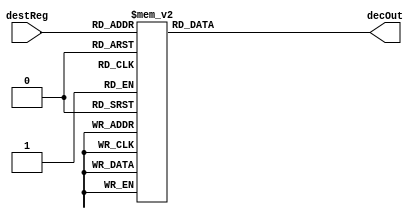
//Register File: 32 registers of 32 bits each

module decoder5to32(input [4:0] destReg, output reg [31:0] decOut);
	always @(destReg)
	begin
		case(destReg)
			5'd0: decOut = 32'b0000_0000_0000_0000_0000_0000_0000_0001;
			5'd1: decOut = 32'b0000_0000_0000_0000_0000_0000_0000_0010;
			5'd2: decOut = 32'b0000_0000_0000_0000_0000_0000_0000_0100;
			5'd3: decOut = 32'b0000_0000_0000_0000_0000_0000_0000_1000;
			5'd4: decOut = 32'b0000_0000_0000_0000_0000_0000_0001_0000;
			5'd5: decOut = 32'b0000_0000_0000_0000_0000_0000_0010_0000;
			5'd6: decOut = 32'b0000_0000_0000_0000_0000_0000_0100_0000;
			5'd7: decOut = 32'b0000_0000_0000_0000_0000_0000_1000_0000;
			5'd8: decOut = 32'b0000_0000_0000_0000_0000_0001_0000_0000;
			5'd9: decOut = 32'b0000_0000_0000_0000_0000_0010_0000_0000;
			5'd10: decOut = 32'b0000_0000_0000_0000_0000_0100_0000_0000;
			5'd11: decOut = 32'b0000_0000_0000_0000_0000_1000_0000_0000;
			5'd12: decOut = 32'b0000_0000_0000_0000_0001_0000_0000_0000;
			5'd13: decOut = 32'b0000_0000_0000_0000_0010_0000_0000_0000;
			5'd14: decOut = 32'b0000_0000_0000_0000_0100_0000_0000_0000;
			5'd15: decOut = 32'b0000_0000_0000_0000_1000_0000_0000_0000;
			5'd16: decOut = 32'b0000_0000_0000_0001_0000_0000_0000_0000;
			5'd17: decOut = 32'b0000_0000_0000_0010_0000_0000_0000_0000;
			5'd18: decOut = 32'b0000_0000_0000_0100_0000_0000_0000_0000;
			5'd19: decOut = 32'b0000_0000_0000_1000_0000_0000_0000_0000;
			5'd20: decOut = 32'b0000_0000_0001_0000_0000_0000_0000_0000;
			5'd21: decOut = 32'b0000_0000_0010_0000_0000_0000_0000_0000;
			5'd22: decOut = 32'b0000_0000_0100_0000_0000_0000_0000_0000;
			5'd23: decOut = 32'b0000_0000_1000_0000_0000_0000_0000_0000;
			5'd24: decOut = 32'b0000_0001_0000_0000_0000_0000_0000_0000;
			5'd25: decOut = 32'b0000_0010_0000_0000_0000_0000_0000_0000;
			5'd26: decOut = 32'b0000_0100_0000_0000_0000_0000_0000_0000;
			5'd27: decOut = 32'b0000_1000_0000_0000_0000_0000_0000_0000;
			5'd28: decOut = 32'b0001_0000_0000_0000_0000_0000_0000_0000;
			5'd29: decOut = 32'b0010_0000_0000_0000_0000_0000_0000_0000;
			5'd30: decOut = 32'b0100_0000_0000_0000_0000_0000_0000_0000;
			5'd31: decOut = 32'b1000_0000_0000_0000_0000_0000_0000_0000;
		endcase
	end
endmodule

module mux32to1(input [31:0] outR0,outR1,outR2,outR3,outR4,outR5,outR6,outR7,outR8,outR9,outR10,outR11,outR12,outR13,outR14,outR15,
	outR16,outR17,outR18,outR19,outR20,outR21,outR22,outR23,outR24,outR25,outR26,outR27,outR28,outR29,outR30,outR31,
	input [4:0] Sel, output reg [31:0] outBus );
	
	always@(outR0,outR1,outR2,outR3,outR4,outR5,outR6,outR7,outR8,outR9,outR10,outR11,outR12,outR13,outR14,outR15,
		outR16,outR17,outR18,outR19,outR20,outR21,outR22,outR23,outR24,outR25,outR26,outR27,outR28,outR29,outR30,outR31,
		Sel)
		case (Sel)
			5'd0: outBus = outR0;
			5'd1: outBus = outR1;
			5'd2: outBus = outR2;
			5'd3: outBus = outR3;
			5'd4: outBus = outR4;
			5'd5: outBus = outR5;
			5'd6: outBus = outR6;
			5'd7: outBus = outR7;
			5'd8: outBus = outR8;
			5'd9: outBus = outR9;
			5'd10: outBus = outR10;
			5'd11: outBus = outR11;
			5'd12: outBus = outR12;
			5'd13: outBus = outR13;
			5'd14: outBus = outR14;
			5'd15: outBus = outR15;
			5'd16: outBus = outR16;
			5'd17: outBus = outR17;
			5'd18: outBus = outR18;
			5'd19: outBus = outR19;
			5'd20: outBus = outR20;
			5'd21: outBus = outR21;
			5'd22: outBus = outR22;
			5'd23: outBus = outR23;
			5'd24: outBus = outR24;
			5'd25: outBus = outR25;
			5'd26: outBus = outR26;
			5'd27: outBus = outR27;
			5'd28: outBus = outR28;
			5'd29: outBus = outR29;
			5'd30: outBus = outR30;
			5'd31: outBus = outR31;
		endcase
endmodule

module D_ff_reg(input clk, input reset, input regWrite, input decOut, input d, output reg q);
	always @ (negedge clk)
	begin
	if(reset==1)
		q=0;
	else
		if(regWrite == 1 && decOut==1)
		begin
			q=d;
		end
	end
endmodule

//data_write_select helps select the control signal and the data in the WB stage
module data_write_select(input regWrite_32, input decOut1, input regWrite_16, input decOut2, input [31:0] writeData_32, input [31:0] writeData_16, output reg regWrite, output reg decOut, output reg [31:0] writeData);
	always@(regWrite_32 or regWrite_16 or decOut1 or decOut2 or writeData_32 or writeData_16)
	begin
		if(decOut1==0 && decOut2==0)
		begin
			regWrite=1'b0;
			decOut=1'b0;
			writeData= 32'd0;
		end
		else if(decOut1)
		begin
			regWrite=regWrite_32;
			decOut=decOut1;
			writeData=writeData_32;
		end
		else
		begin
			regWrite=regWrite_16;
			decOut=decOut2;
			writeData=writeData_16;
		end
	end
endmodule

module register32bit_regFile( input clk, input reset, input regWrite_32, input decOut1, input regWrite_16, input decOut2, input [31:0] writeData_32, input [31:0] writeData_16, output  [31:0] outR );
	
	wire regWrite,decOut;
	wire [31:0] writeData;
	
	data_write_select dws(regWrite_32,decOut1,regWrite_16,decOut2,writeData_32,writeData_16,regWrite,decOut,writeData);
	
	D_ff_reg d0(clk, reset, regWrite, decOut, writeData[0], outR[0]);
	D_ff_reg d1(clk, reset, regWrite, decOut, writeData[1], outR[1]);
	D_ff_reg d2(clk, reset, regWrite, decOut, writeData[2], outR[2]);
	D_ff_reg d3(clk, reset, regWrite, decOut, writeData[3], outR[3]);
	D_ff_reg d4(clk, reset, regWrite, decOut, writeData[4], outR[4]);
	D_ff_reg d5(clk, reset, regWrite, decOut, writeData[5], outR[5]);
	D_ff_reg d6(clk, reset, regWrite, decOut, writeData[6], outR[6]);
	D_ff_reg d7(clk, reset, regWrite, decOut, writeData[7], outR[7]);
	D_ff_reg d8(clk, reset, regWrite, decOut, writeData[8], outR[8]);
	D_ff_reg d9(clk, reset, regWrite, decOut, writeData[9], outR[9]);
	D_ff_reg d10(clk, reset, regWrite, decOut, writeData[10], outR[10]);
	D_ff_reg d11(clk, reset, regWrite, decOut, writeData[11], outR[11]);
	D_ff_reg d12(clk, reset, regWrite, decOut, writeData[12], outR[12]);
	D_ff_reg d13(clk, reset, regWrite, decOut, writeData[13], outR[13]);
	D_ff_reg d14(clk, reset, regWrite, decOut, writeData[14], outR[14]);
	D_ff_reg d15(clk, reset, regWrite, decOut, writeData[15], outR[15]);
	D_ff_reg d16(clk, reset, regWrite, decOut, writeData[16], outR[16]);
	D_ff_reg d17(clk, reset, regWrite, decOut, writeData[17], outR[17]);
	D_ff_reg d18(clk, reset, regWrite, decOut, writeData[18], outR[18]);
	D_ff_reg d19(clk, reset, regWrite, decOut, writeData[19], outR[19]);
	D_ff_reg d20(clk, reset, regWrite, decOut, writeData[20], outR[20]);
	D_ff_reg d21(clk, reset, regWrite, decOut, writeData[21], outR[21]);
	D_ff_reg d22(clk, reset, regWrite, decOut, writeData[22], outR[22]);
	D_ff_reg d23(clk, reset, regWrite, decOut, writeData[23], outR[23]);
	D_ff_reg d24(clk, reset, regWrite, decOut, writeData[24], outR[24]);
	D_ff_reg d25(clk, reset, regWrite, decOut, writeData[25], outR[25]);
	D_ff_reg d26(clk, reset, regWrite, decOut, writeData[26], outR[26]);
	D_ff_reg d27(clk, reset, regWrite, decOut, writeData[27], outR[27]);
	D_ff_reg d28(clk, reset, regWrite, decOut, writeData[28], outR[28]);
	D_ff_reg d29(clk, reset, regWrite, decOut, writeData[29], outR[29]);
	D_ff_reg d30(clk, reset, regWrite, decOut, writeData[30], outR[30]);
	D_ff_reg d31(clk, reset, regWrite, decOut, writeData[31], outR[31]);
	

endmodule

module registerSet( input clk, input reset, input regWrite_32, input [31:0] decOut1, input regWrite_16, input [31:0] decOut2, input [31:0] writeData_32, input [31:0] writeData_16, output [31:0] outR0,outR1,outR2,outR3,outR4,outR5,outR6,outR7,outR8,outR9,outR10,outR11,outR12,outR13,outR14,outR15,outR16,outR17,outR18,outR19,outR20,outR21,outR22,outR23,outR24,outR25,outR26,outR27,outR28,outR29,outR30,outR31 );
		register32bit_regFile r0( clk, reset, regWrite_32, decOut1[0], regWrite_16, decOut2[0], writeData_32, writeData_16, outR0 );
		register32bit_regFile r1( clk, reset, regWrite_32, decOut1[1], regWrite_16, decOut2[1], writeData_32, writeData_16, outR1 );
		register32bit_regFile r2( clk, reset, regWrite_32, decOut1[2], regWrite_16, decOut2[2], writeData_32, writeData_16, outR2 );
		register32bit_regFile r3( clk, reset, regWrite_32, decOut1[3], regWrite_16, decOut2[3], writeData_32, writeData_16, outR3 );
		register32bit_regFile r4( clk, reset, regWrite_32, decOut1[4], regWrite_16, decOut2[4], writeData_32, writeData_16, outR4 );
		register32bit_regFile r5( clk, reset, regWrite_32, decOut1[5], regWrite_16, decOut2[5], writeData_32, writeData_16, outR5 );
		register32bit_regFile r6( clk, reset, regWrite_32, decOut1[6], regWrite_16, decOut2[6], writeData_32, writeData_16, outR6 );
		register32bit_regFile r7( clk, reset, regWrite_32, decOut1[7], regWrite_16, decOut2[7], writeData_32, writeData_16, outR7 );
		register32bit_regFile r8( clk, reset, regWrite_32, decOut1[8], regWrite_16, decOut2[8], writeData_32, writeData_16, outR8 );
		register32bit_regFile r9( clk, reset, regWrite_32, decOut1[9], regWrite_16, decOut2[9], writeData_32, writeData_16, outR9 );
		register32bit_regFile r10( clk, reset, regWrite_32, decOut1[10], regWrite_16, decOut2[10], writeData_32, writeData_16, outR10 );
		register32bit_regFile r11( clk, reset, regWrite_32, decOut1[11], regWrite_16, decOut2[11], writeData_32, writeData_16, outR11 );
		register32bit_regFile r12( clk, reset, regWrite_32, decOut1[12], regWrite_16, decOut2[12], writeData_32, writeData_16, outR12 );
		register32bit_regFile r13( clk, reset, regWrite_32, decOut1[13], regWrite_16, decOut2[13], writeData_32, writeData_16, outR13 );
		register32bit_regFile r14( clk, reset, regWrite_32, decOut1[14], regWrite_16, decOut2[14], writeData_32, writeData_16, outR14 );
		register32bit_regFile r15( clk, reset, regWrite_32, decOut1[15], regWrite_16, decOut2[15], writeData_32, writeData_16, outR15 );
		register32bit_regFile r16( clk, reset, regWrite_32, decOut1[16], regWrite_16, decOut2[16], writeData_32, writeData_16, outR16 );
		register32bit_regFile r17( clk, reset, regWrite_32, decOut1[17], regWrite_16, decOut2[17], writeData_32, writeData_16, outR17 );
		register32bit_regFile r18( clk, reset, regWrite_32, decOut1[18], regWrite_16, decOut2[18], writeData_32, writeData_16, outR18 );
		register32bit_regFile r19( clk, reset, regWrite_32, decOut1[19], regWrite_16, decOut2[19], writeData_32, writeData_16, outR19 );
		register32bit_regFile r20( clk, reset, regWrite_32, decOut1[20], regWrite_16, decOut2[20], writeData_32, writeData_16, outR20 );
		register32bit_regFile r21( clk, reset, regWrite_32, decOut1[21], regWrite_16, decOut2[21], writeData_32, writeData_16, outR21 );
		register32bit_regFile r22( clk, reset, regWrite_32, decOut1[22], regWrite_16, decOut2[22], writeData_32, writeData_16, outR22 );
		register32bit_regFile r23( clk, reset, regWrite_32, decOut1[23], regWrite_16, decOut2[23], writeData_32, writeData_16, outR23 );
		register32bit_regFile r24( clk, reset, regWrite_32, decOut1[24], regWrite_16, decOut2[24], writeData_32, writeData_16, outR24 );
		register32bit_regFile r25( clk, reset, regWrite_32, decOut1[25], regWrite_16, decOut2[25], writeData_32, writeData_16, outR25 );
		register32bit_regFile r26( clk, reset, regWrite_32, decOut1[26], regWrite_16, decOut2[26], writeData_32, writeData_16, outR26 );
		register32bit_regFile r27( clk, reset, regWrite_32, decOut1[27], regWrite_16, decOut2[27], writeData_32, writeData_16, outR27 );
		register32bit_regFile r28( clk, reset, regWrite_32, decOut1[28], regWrite_16, decOut2[28], writeData_32, writeData_16, outR28 );
		register32bit_regFile r29( clk, reset, regWrite_32, decOut1[29], regWrite_16, decOut2[29], writeData_32, writeData_16, outR29 );
		register32bit_regFile r30( clk, reset, regWrite_32, decOut1[30], regWrite_16, decOut2[30], writeData_32, writeData_16, outR30 );
		register32bit_regFile r31( clk, reset, regWrite_32, decOut1[31], regWrite_16, decOut2[31], writeData_32, writeData_16, outR31 );
endmodule

module registerFile(input clk, input reset, input regWrite_32, input regWrite_16, input [4:0] rs1_32, input [4:0] rs2_32, input [4:0] rs1_16, input [4:0] rs2_16, 
	input [4:0] rd_32,  input [4:0] rd_16, input [31:0] writeData_32, input [31:0] writeData_16, output [31:0] regrs1_32, output [31:0] regrs2_32, output [31:0] regrs1_16, output [31:0] regrs2_16 );

 	wire [31:0] decOut1;
 	wire [31:0] decOut2;
    	
	wire [31:0] outR0,outR1,outR2,outR3,outR4,outR5,outR6,outR7,outR8,outR9,outR10,outR11,outR12,outR13,outR14,outR15,outR16,outR17,outR18,outR19,outR20,outR21,outR22,outR23,outR24,outR25,outR26,outR27,outR28,outR29,outR30,outR31; 
	   
	decoder5to32 dec1_inRegFile(rd_32, decOut1);
	decoder5to32 dec2_inRegFile(rd_16, decOut2);
	    
	registerSet regSet(clk, reset, regWrite_32, decOut1, regWrite_16, decOut2, writeData_32, writeData_16, outR0,outR1,outR2,outR3,outR4,outR5,outR6,outR7,outR8,outR9,outR10,outR11,outR12,outR13,outR14,outR15,outR16,outR17,outR18,outR19,outR20,outR21,outR22,outR23,outR24,outR25,outR26,outR27,outR28,outR29,outR30,outR31);
    
 	mux32to1 mux1_inRegFile(outR0,outR1,outR2,outR3,outR4,outR5,outR6,outR7,outR8,outR9,outR10,outR11,outR12,outR13,outR14,outR15,outR16,outR17,outR18,outR19,outR20,outR21,outR22,outR23,outR24,outR25,outR26,outR27,outR28,outR29,outR30,outR31,rs1_32,regrs1_32);
 	mux32to1 mux2_inRegFile(outR0,outR1,outR2,outR3,outR4,outR5,outR6,outR7,outR8,outR9,outR10,outR11,outR12,outR13,outR14,outR15,outR16,outR17,outR18,outR19,outR20,outR21,outR22,outR23,outR24,outR25,outR26,outR27,outR28,outR29,outR30,outR31,rs2_32,regrs2_32);
	mux32to1 mux3_inRegFile(outR0,outR1,outR2,outR3,outR4,outR5,outR6,outR7,outR8,outR9,outR10,outR11,outR12,outR13,outR14,outR15,outR16,outR17,outR18,outR19,outR20,outR21,outR22,outR23,outR24,outR25,outR26,outR27,outR28,outR29,outR30,outR31,rs1_16,regrs1_16);
 	mux32to1 mux4_inRegFile(outR0,outR1,outR2,outR3,outR4,outR5,outR6,outR7,outR8,outR9,outR10,outR11,outR12,outR13,outR14,outR15,outR16,outR17,outR18,outR19,outR20,outR21,outR22,outR23,outR24,outR25,outR26,outR27,outR28,outR29,outR30,outR31,rs2_16,regrs2_16);

	
endmodule